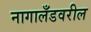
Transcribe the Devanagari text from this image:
नागालँडवरील